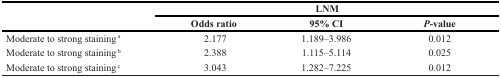
<table><thead><tr><td rowspan="2"></td><td colspan="3"><b>LNM</b></td></tr><tr><td><b>Odds ratio</b></td><td><b>95% CI</b></td><td><b><i>P</i>-value</b></td></tr></thead><tbody><tr><td>Moderate to strong staining <sup>a</sup></td><td>2.177</td><td>1.189–3.986</td><td>0.012</td></tr><tr><td>Moderate to strong staining <sup>b</sup></td><td>2.388</td><td>1.115–5.114</td><td>0.025</td></tr><tr><td>Moderate to strong staining <sup>c</sup></td><td>3.043</td><td>1.282–7.225</td><td>0.012</td></tr></tbody></table>